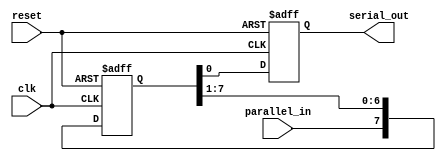
module piso_shift_register (
    input wire clk,
    input wire reset,
    input wire parallel_in,
    output reg serial_out
);

reg [7:0] shift_register;

always @(posedge clk or posedge reset) begin
    if (reset) begin
        shift_register <= 8'b0;
        serial_out <= 1'b0;
    end else begin
        shift_register <= {parallel_in, shift_register[7:1]};
        serial_out <= shift_register[0];
    end
end

endmodule